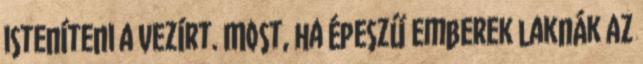
isteníteni a Vezírt. Most, ha épeszű emberek laknák az